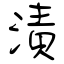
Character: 漬